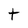
Character: t